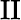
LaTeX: \mathrm{II}